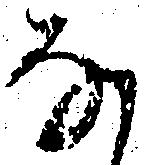
な